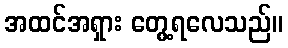
အထင်အရှား တွေ့ရလေသည်။